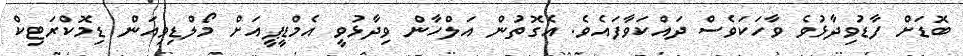
ބޮޑަށް ފާޑުވިދާޅުވެ ވާހަކަވެސް ދައްކަވާފައެވެ. އެގޮތުން އަލްހާން ވިދާޅުވީ އެމްޑީޕީއަށް މޯލްޑިވިއަން ޑިމޮކްރަޓިކް